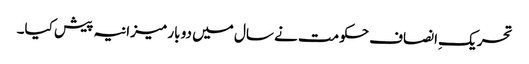
تحریکِ انصاف حکومت نے سال میں دو بار میزانیہ پیش کیا۔